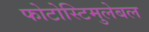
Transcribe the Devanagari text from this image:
फोटोस्टिमुलेबल